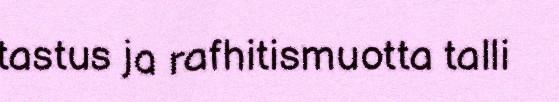
tastus ja rafhitismuotta talli